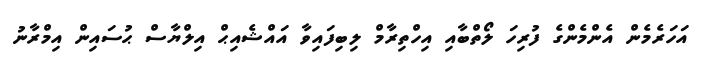
އަހަރެމެން އެންމެންގެ ފުރިހަ ލޯތްބާއި އިހްތިރާމް ލިބިފައިވާ އައްޝެއިޙް އިލްޔާސް ޙުސައިން އިމްރާނު